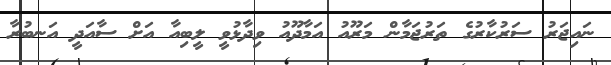
ނައިޖަރު ސަރުކާރުގެ ތަރުޖަމާން މަރޫއު އަމާދޫއު ވިދާޅުވީ ލީބިއާ އަށް ސާއަދީ އަނބުރާ